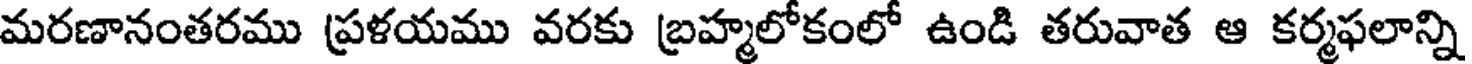
మరణానంతరము ప్రళయము వరకు బ్రహ్మలోకంలో ఉండి తరువాత ఆ కర్మఫలాన్ని